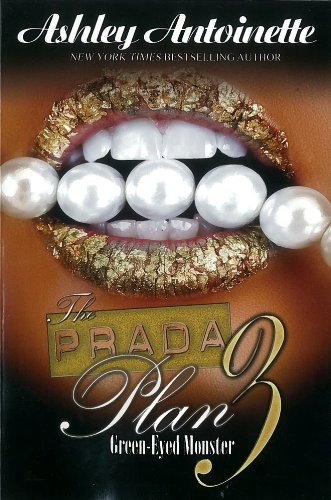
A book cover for The Prada Plan 3: Green-Eyed Monster (Urban Books); Ashley Antoinette; Literature & Fiction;